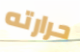
حرارته